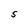
Character: S